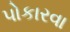
પોકારવા